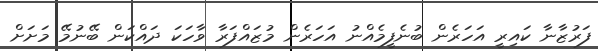
ފަރުޒާނާ ކައިރީ އަހަރެން ބުނެފީމެއްނު އަހަރެން މުޒައްފަރާ ވާހަކަ ދައްކަން ބޭނުމޭ މަށަށް